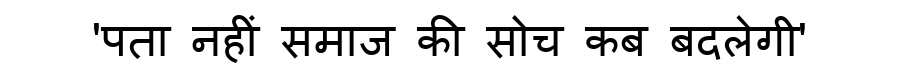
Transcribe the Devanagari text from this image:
'पता नहीं समाज की सोच कब बदलेगी'